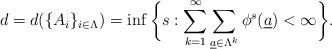
LaTeX: \begin{align*} d = d (\{A_i\}_{i\in \Lambda}) = \inf \bigg\{ s: \sum_{k=1}^\infty \sum_{\underline{a} \in \Lambda^k} \phi^s ( \underline{a} ) < \infty \bigg\}.\end{align*}